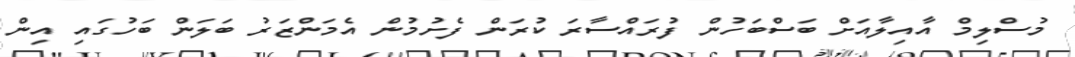
މުސްލިމް އާއިލާއަށް ބަސްބަހުން ފުރައްސާރަ ކުރަން ފެށުމުން އެމަންޒަރު ބަލަން ބަހުގައި އިން